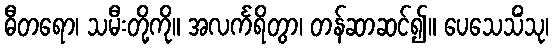
ဓီတရော၊ သမီးတို့ကို။ အလင်္ကရိတွာ၊ တန်ဆာဆင်၍။ ပေသေသိံသု၊